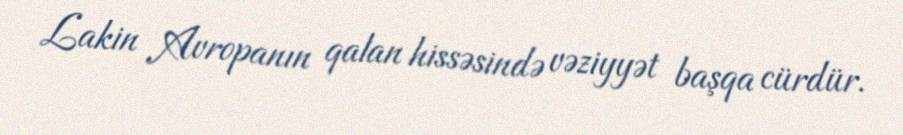
Lakin Avropanın qalan hissəsində vəziyyət başqa cürdür.